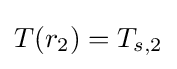
{T(r_{2})=T_{s,2}}